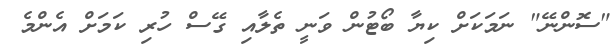
"ސޮންނޭ" ނަމަކަށް ކިޔާ ބޯޓުން ވަނީ ތެލާއި ގޭސް ހުރި ކަމަށް އެންމެ